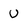
Character: U